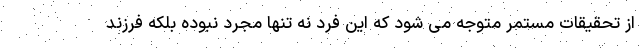
از تحقیقات مستمر متوجه می شود که این فرد نه تنها مجرد نبوده بلکه فرزند